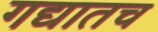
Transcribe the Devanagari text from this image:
गद्यातच